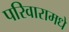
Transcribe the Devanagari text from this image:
परिवारामधे